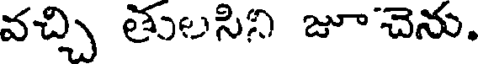
వచ్చి తులసిని జూచెను.